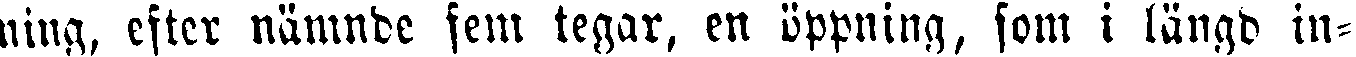
ning, efter nämnde fem tegar, en öppning, som i längd in-